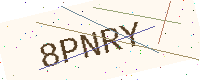
Text: 8PNRY